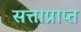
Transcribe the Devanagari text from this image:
सत्ताप्राप्त